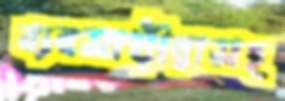
ব্যবসায়ীরাসহ